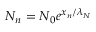
N _ { n } = N _ { 0 } e ^ { x _ { n } / \lambda _ { N } }